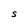
Character: S